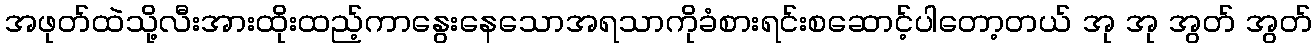
အဖုတ်ထဲသို့လီးအားထိုးထည့်ကာနွေးနေသောအရသာကိုခံစားရင်းစဆောင့်ပါတော့တယ် အု အု အွတ် အွတ်